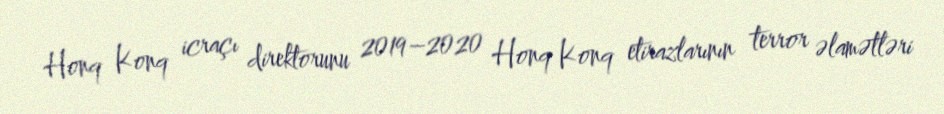
Honq Konq icraçı direktorunu 2019–2020 Honq Konq etirazlarının terror əlamətləri